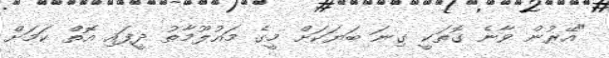
"އޭރުން ވާނެ ގޮތަކީ ގިނަ ބަޔަކަށް މީގެ މައުލޫމާތު ދީފައި އޮތް ކަމަށް